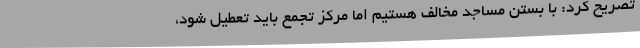
تصریح کرد: با بستن مساجد مخالف هستیم اما مرکز تجمع باید تعطیل شود،